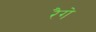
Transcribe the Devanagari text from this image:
रैगे